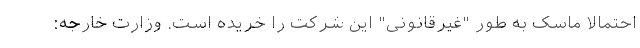
احتمالا ماسک به طور "غیرقانونی" این شرکت را خریده است. وزارت خارجه: